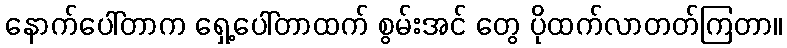
နောက်ပေါ်တာက ရှေ့ပေါ်တာထက် စွမ်းအင် တွေ ပိုထက်လာတတ်ကြတာ။